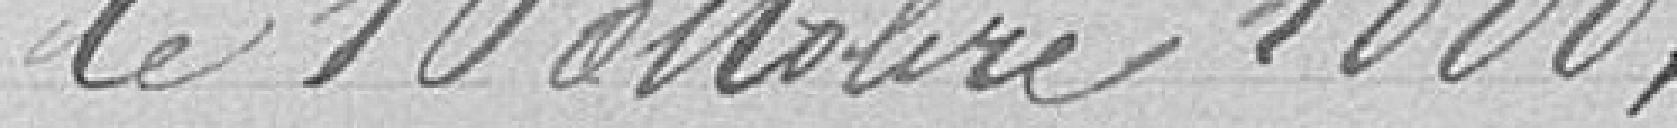
Le 10 octobre 1888;